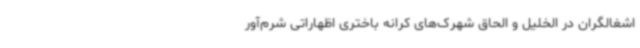
اشغالگران در الخلیل و الحاق شهرک‌های کرانه باختری اظهاراتی شرم‌آور